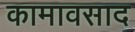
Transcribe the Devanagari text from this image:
कामावसाद